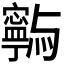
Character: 𭔥